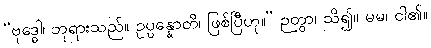
“ဗုဒ္ဓေါ၊ ဘုရားသည်။ ဥပ္ပန္နောတိ၊ ဖြစ်ပြီဟု။” ဉတွာ၊ သိ၍။ မမ၊ ငါ၏။